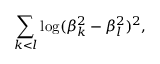
\sum _ { k < l } \log ( \beta _ { k } ^ { 2 } - \beta _ { l } ^ { 2 } ) ^ { 2 } ,